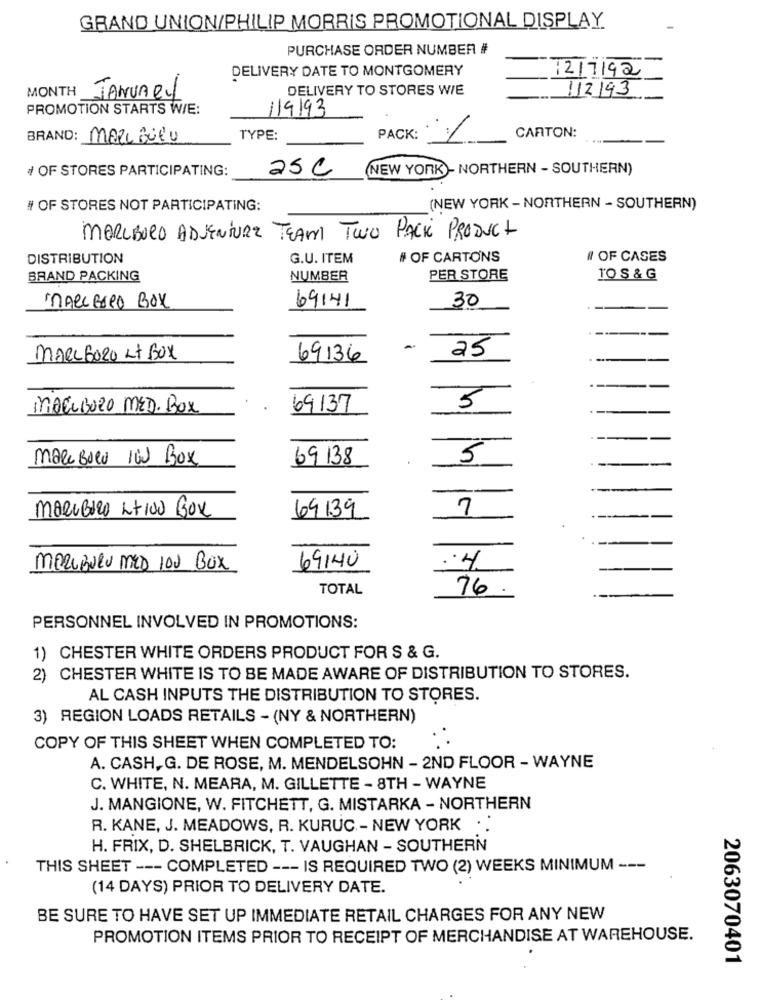
GRAND UNION/PHILIP MORRIS PROMOTIONAL DISPLAY
PURCHASE ORDER NUMBER #
DELIVERY DATE TO MONTGOMERY
12/7192
DELIVERY TO STORES WIE
112/93
MONTH JANUARY
PROMOTION STARTS W/E:
119193
BRAND: MALL BilU
TYPE:
PACK:
1
CARTON:
# OF STORES PARTICIPATING:
asc
(NEW YORK)- NORTHERN - SOUTHERN)
# OF STORES NOT PARTICIPATING:
(NEW YORK - NORTHERN - SOUTHERN)
MARLBORO ADVENTURE TEAM TWO PACK PRODUCT
DISTRIBUTION
G.U. ITEM
# OF CARTONS
# OF CASES
BRAND PACKING
NUMBER
PER STORE
TO S & G
69141
30
MARCELPO BOX
-
MARC6020 Lt Box
69136
25
MARLBORO MED. BOX
69137
5
maceBolu IGJ Box
69 138
5
maeuBIRO Lt100 Box
69139
7
MERUBURU MED 100 BOX
69140
:4
TOTAL
76 .
PERSONNEL INVOLVED IN PROMOTIONS:
1) CHESTER WHITE ORDERS PRODUCT FOR S & G.
2) CHESTER WHITE IS TO BE MADE AWARE OF DISTRIBUTION TO STORES.
AL CASH INPUTS THE DISTRIBUTION TO STORES.
3) REGION LOADS RETAILS - (NY & NORTHERN)
COPY OF THIS SHEET WHEN COMPLETED TO:
A. CASH, G. DE ROSE, M. MENDELSOHN - 2ND FLOOR - WAYNE
C. WHITE, N. MEARA, M. GILLETTE - 8TH - WAYNE
J. MANGIONE, W. FITCHETT, G. MISTARKA - NORTHERN
R. KANE, J. MEADOWS, R. KURUC - NEW YORK
H. FRIX, D. SHELBRICK, T. VAUGHAN - SOUTHERN
THIS SHEET --- COMPLETED --- IS REQUIRED TWO (2) WEEKS MINIMUM ---
(14 DAYS) PRIOR TO DELIVERY DATE.
BE SURE TO HAVE SET UP IMMEDIATE RETAIL CHARGES FOR ANY NEW
PROMOTION ITEMS PRIOR TO RECEIPT OF MERCHANDISE AT WAREHOUSE.
2063070401